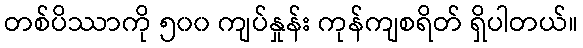
တစ်ပိဿာကို ၅၀၀ ကျပ်နှုန်း ကုန်ကျစရိတ် ရှိပါတယ်။